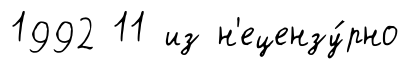
1992 11 из н'ецензу́рно